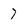
Character: 7